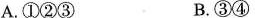
A.①②③ B.③④